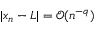
| x _ { n } - L | = { \mathcal { O } } ( n ^ { - q } )